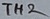
Text: TH2